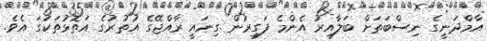
އާމްދަނީގެ ނިސްބަތަށް ބަލާއިރު އެންމެ ފަގީރުން ގިނައީ ރާއްޖޭގެ އުތުރުގެ އަތޮޅުތަކުގަ އެވެ.